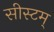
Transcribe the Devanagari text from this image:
सीस्टम्